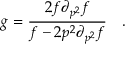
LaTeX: g = \frac { 2 f \partial _ { p ^ { 2 } } f } { f - 2 p ^ { 2 } \partial _ { p ^ { 2 } } f } \quad .